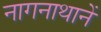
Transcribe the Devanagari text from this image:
नागनाथानें